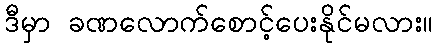
ဒီမှာ ခဏလောက်စောင့်ပေးနိုင်မလား။